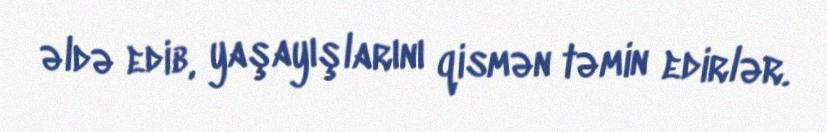
əldə edib, yaşayışlarını qismən təmin edirlər.